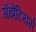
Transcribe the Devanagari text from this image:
गॅझेटियर्स